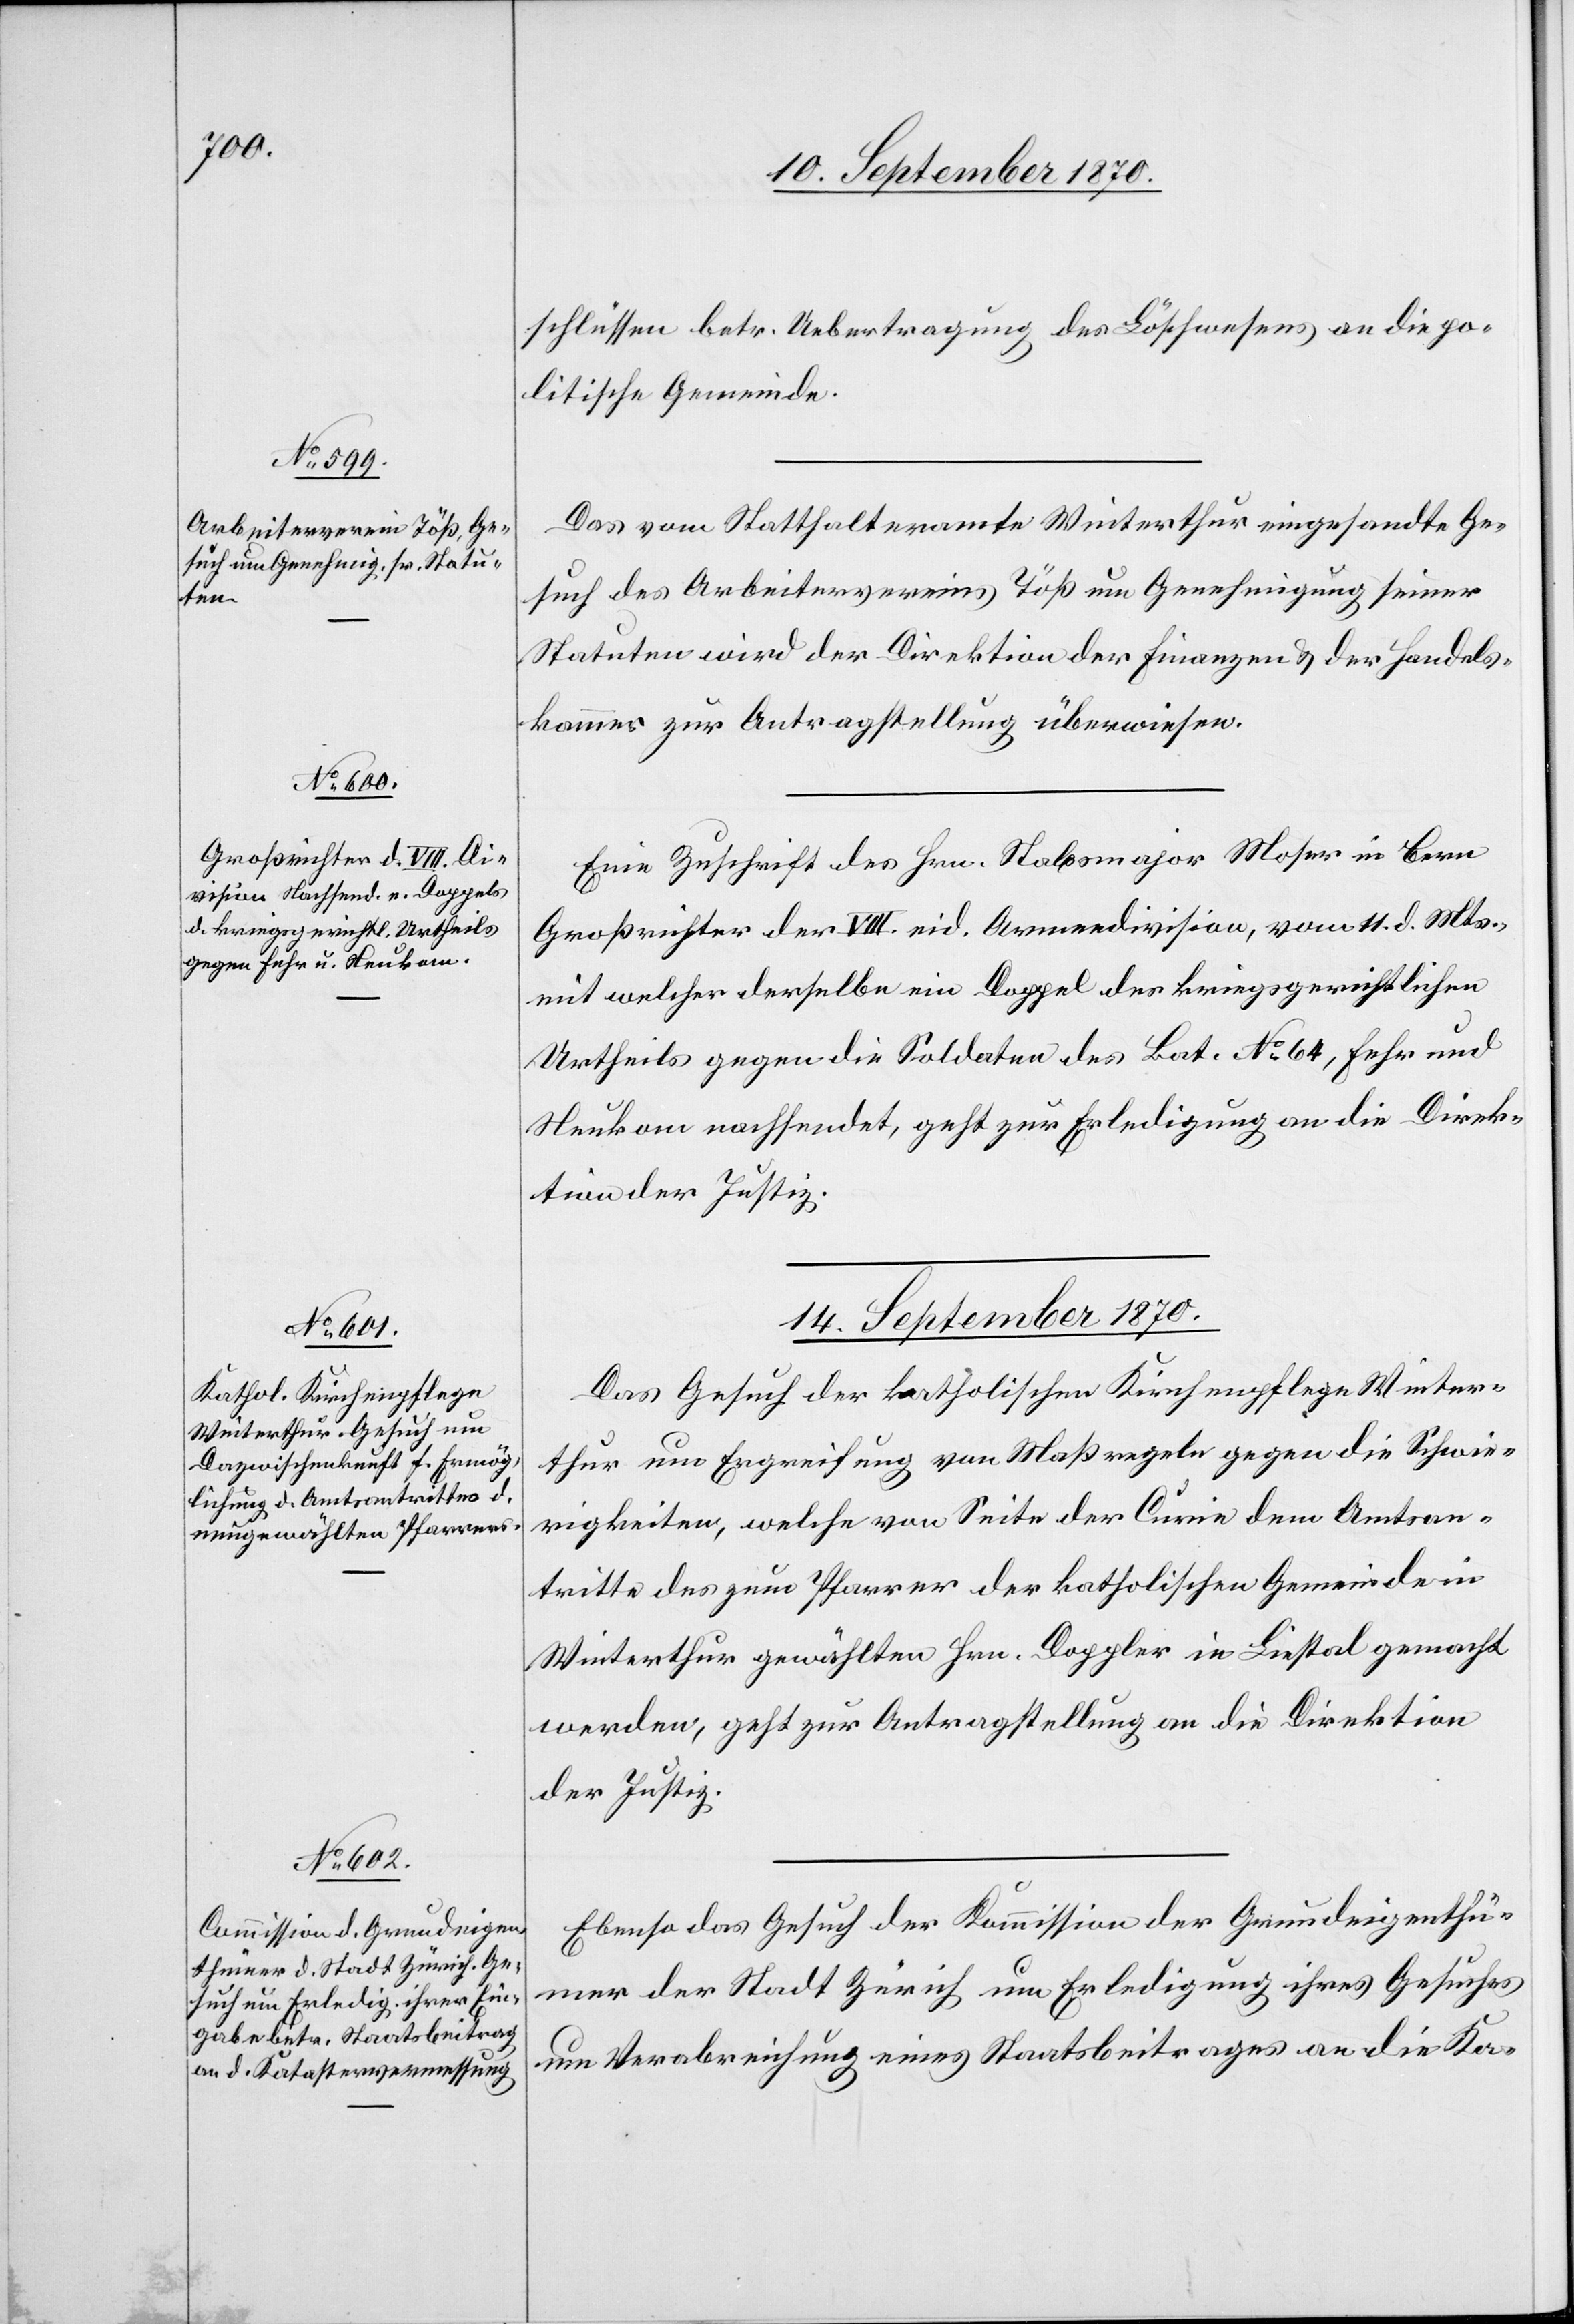
13. September 1870.]
schlüssen betr. Uebertragung des Löschwesens an die po¬
litische Gemeinde.
Das vom Statthalteramt Winterthur eingesandte Ge¬
such des Arbeitervereins Töß um Genehmigung seiner
Statuten wird der Direktion der Finanzen & der Handels¬
kammer zur Antragstellung überwiesen.
Eine Zuschrift des Hrn. Stabsmajor Moser in Bern[,]
Großrichter der VIII. eid. Armeedivision, vom 11. d. Mts.,
mit welcher derselbe ein Doppel des kriegsgerichtlichen
Urtheils gegen die Soldaten des Bat. No 64, Fehr und
Neukom nachsendet, geht zur Erledigung an die Direk¬
tion der Justiz.
14. September 1870.]
Das Gesuch der katholischen Kirchenpflege Winter¬
thur um Ergreifung von Maßregeln gegen die Schwie¬
rigkeiten, welche von Seite der Curie dem Amtsan¬
tritte des zum Pfarrer der katholischen Gemeinde in
Winterthur gewählten Hrn. Doppler in Liestal gemacht
werden, geht zur Antragstellung an die Direktion
der Justiz.
Ebenso das Gesuch der Kommission der Grundeigenthü¬
mer der Stadt Zürich um Erledigung ihres Gesuches
um Verabreichung eines Staatsbeitrages an die Ka-